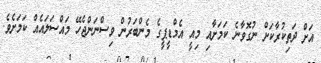
އަށް ދަތިކުރާކަށް ނުގޮވާނެ ކަމަށާއި މިއީ އެމްޑީޕީގެ މެންބަރުން ވިސްނަންޖެހޭ މައްސަލައެއް ކަމަށެވެ.